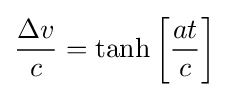
{\frac {\Delta v}{c}}=\tanh \left[{\frac {at}{c}}\right]